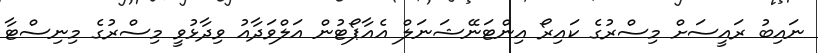
ނައިބު ރައީސަށް މިސްރުގެ ކައިރޯ އިންޓަނޭޝަނަލް އެއާޕޯޓުން އަލްވަދާއު ވިދާޅުވީ މިސްރުގެ މިނިސްޓާ